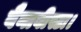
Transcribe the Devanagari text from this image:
बैनावीस्टा।